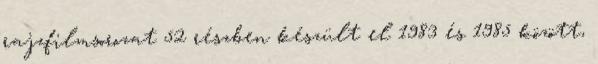
rajzfilmsorozat 52 részben készült el 1983 és 1985 között,